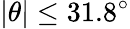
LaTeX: \lvert\theta\rvert\leq 31.8^{\circ}